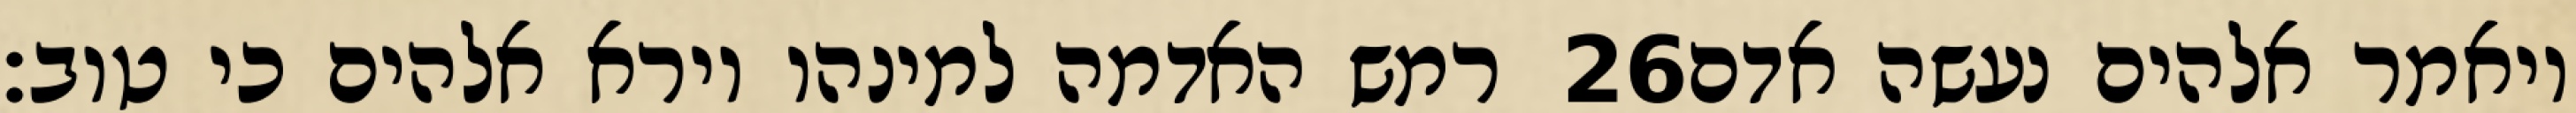
רמש האדמה למינהו וירא אלהים כי טוב׃ ‎26‏ ויאמר אלהים נעשה אדם